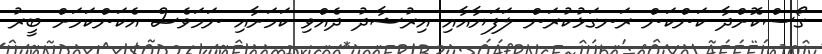
ގޯސްކޮށްދާ ކަންކަން ރަނގަޅުކުރަން ލަފަޔާއާއި އިރުޝާދު ދެއްވި ކަމަށާއި ނަމަވެސް އެކަންކަމަށް ބީރު